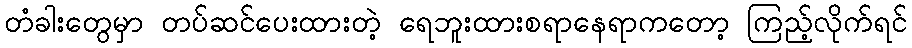
တံခါးတွေမှာ တပ်ဆင်ပေးထားတဲ့ ရေဘူးထားစရာနေရာကတော့ ကြည့်လိုက်ရင်